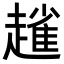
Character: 𧽟